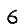
Digit: 6